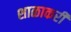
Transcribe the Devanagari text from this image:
शाळाकरी